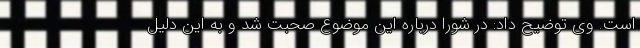
است. وی توضیح داد: در شورا درباره این موضوع صحبت شد و به این دلیل